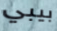
بيبي